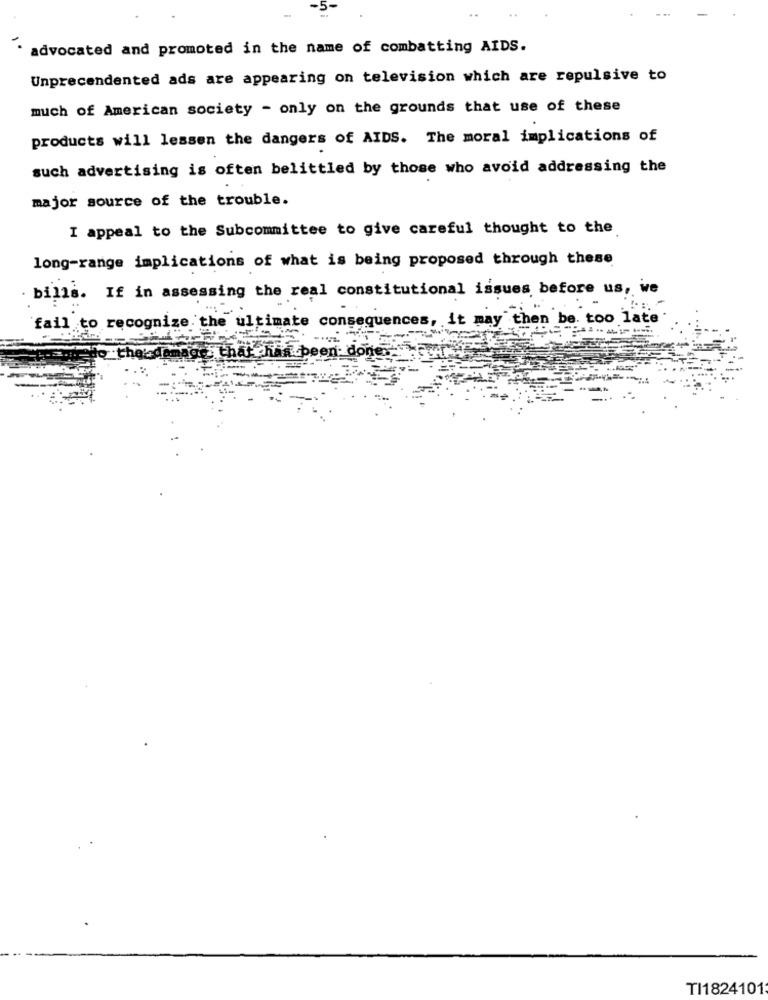
advocated and promoted in the name of combatting AIDS.
Unprecedented ads are appearing on television which are repulsive to
much of American society - only on the grounds that use of these
products will lessen the dangers of AIDS. The moral implications of
such advertising is often belittled by those who avoid addressing the
major source of the trouble.
I appeal to the Subcommittee to give careful thought to the
long-range implications of what is being proposed through these
. bills. If in assessing the real constitutional issues before us, we
fail to recognize the ultimate consequences, it may then be. too late
that has been
donees
TI1824101